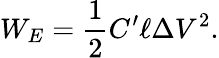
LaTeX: W_{E}=\frac{1}{2}C^{\prime}\ell\Delta V^{2}.